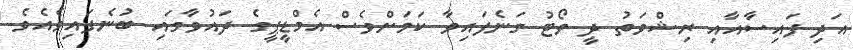
އަދި ފައިސާއާއި ރިޝްވަތު ދީ ވޯޓު ގަނެފައިވާ ކަމަށްވެސް އެމްޑީޕީގެ ދައުވާގައި ބުނެފައިވެއެވެ.